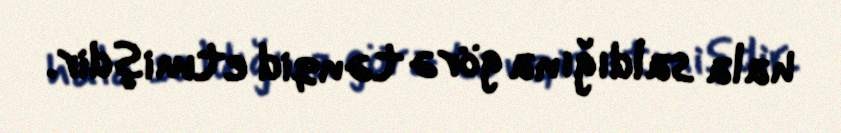
hala saldığına görə tənqid etmişdir.